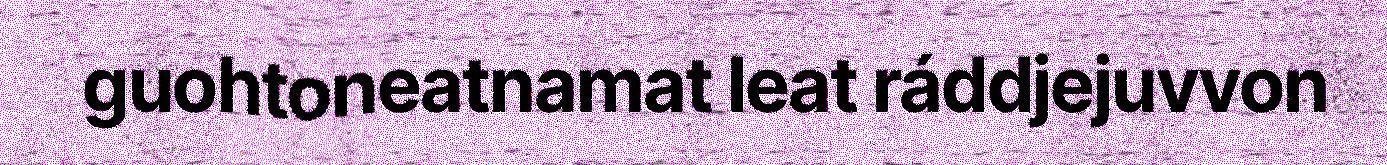
guohtoneatnamat leat ráddjejuvvon